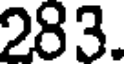
283.